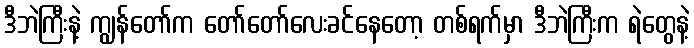
ဒီဘဲကြီးနဲ့ ကျွန်တော်က တော်တော်လေးခင်နေတော့ တစ်ရက်မှာ ဒီဘဲကြီးက ရဲတွေနဲ့